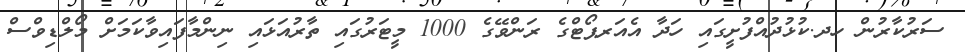
ސަރުކާރުން ހދ.ކުޅުދުއްފުށީގައި ހަދާ އެއަރޕޯޓްގެ ރަންވޭގެ 1000 މީޓަރުގައި ތާރުއަޅައި ނިންމާފައިވާކަމަށް މޯލްޑިވްސް